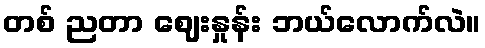
တစ် ညတာ ဈေးနှုန်း ဘယ်လောက်လဲ။